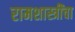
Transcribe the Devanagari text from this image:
रामशास्त्रींचा